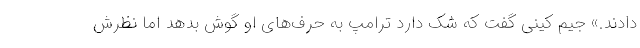
دادند.» جیم کینی گفت که شک دارد ترامپ به حرف‌های او گوش بدهد اما نظرش